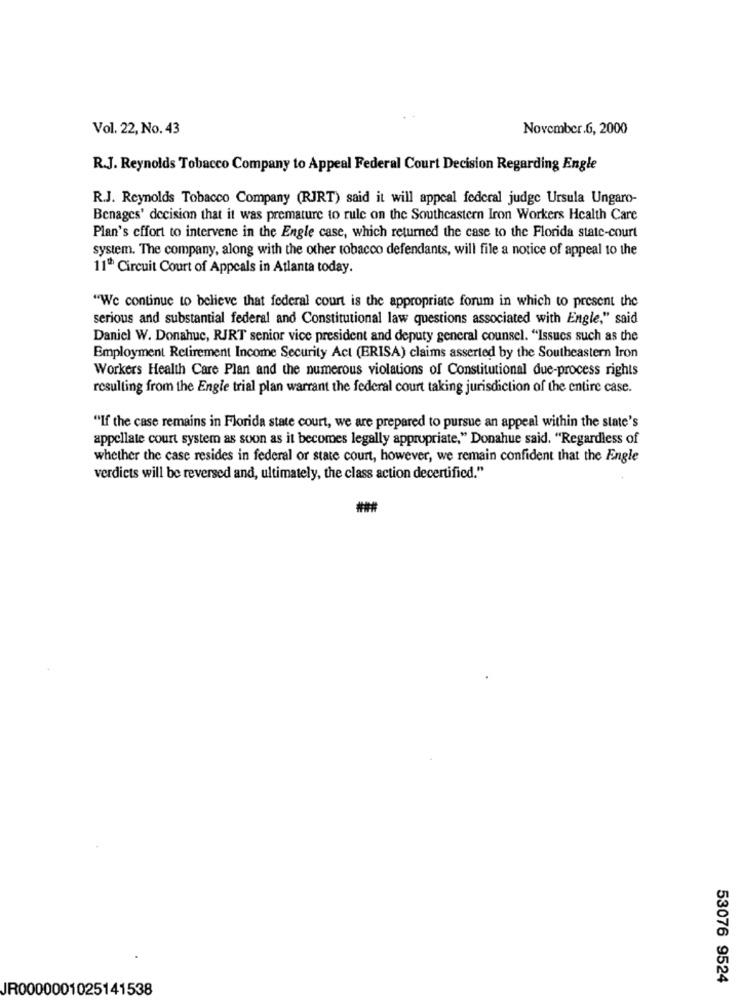
Vol. 22, No. 43
November.6, 2000
R.J. Reynolds Tobacco Company to Appeal Federal Court Decision Regarding Engle
R.J. Reynolds Tobacco Company (RJRT) said it will appeal federal judge Ursula Ungaro-
Benages' decision that it was premature to rule on the Southeastern Iron Workers Health Care
Plan's effort to intervene in the Engle case, which returned the case to the Florida state-court
system. The company, along with the other tobacco defendants, will file a notice of appeal to the
11" Circuit Court of Appeals in Atlanta today.
"We continue to believe that federal court is the appropriate forum in which to present the
serious and substantial federal and Constitutional law questions associated with Engle," said
Daniel W. Donahue, RJRT senior vice president and deputy general counsel. "Issues such as the
Employment Retirement Income Security Act (ERISA) claims asserted by the Southeastern Iron
Workers Health Care Plan and the numerous violations of Constitutional due-process rights
resulting from the Engle trial plan warrant the federal court taking jurisdiction of the entire case.
"If the case remains in Florida state court, we are prepared to pursue an appeal within the state's
appellate court system as soon as it becomes legally appropriate," Donahue said. "Regardless of
whether the case resides in federal or state court, however, we remain confident that the Engle
verdicts will be reversed and, ultimately, the class action decertified."
53076 9524
JR0000001025141538